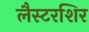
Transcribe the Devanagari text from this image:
लैस्टरशिर